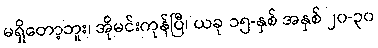
မရှိတော့ဘူး၊ အိုမင်းကုန်ပြီ၊ ယခု ၁၅-နှစ် အနှစ် ၂၀-၃၀